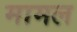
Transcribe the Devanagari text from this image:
मामल